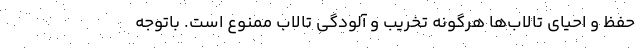
حفظ و احیای تالاب‌ها هرگونه تخریب و آلودگی تالاب ممنوع است. باتوجه